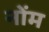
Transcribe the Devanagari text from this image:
नोंम